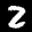
Digit: 2